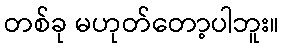
တစ်ခု မဟုတ်တော့ပါဘူး။